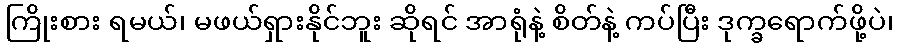
ကြိုးစား ရမယ်၊ မဖယ်ရှားနိုင်ဘူး ဆိုရင် အာရုံနဲ့ စိတ်နဲ့ ကပ်ပြီး ဒုက္ခရောက်ဖို့ပဲ၊